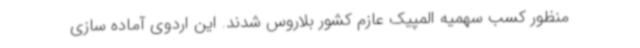
منظور کسب سهمیه المپیک عازم کشور بلاروس شدند. این اردوی آماده سازی